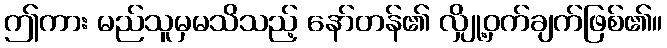
ဤကား မည်သူမှမသိသည့် နော်တန်၏ လျှို့ဝှက်ချက်ဖြစ်၏။